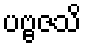
ပဗ္ဗဇသိ